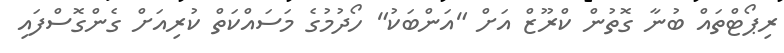
ރިޕޯޓްތައް ބުނާ ގޮތުން ކްރޫޒް އަށް "އަންބަކު" ހޯދުމުގެ މަސައްކަތް ކުރިއަށް ގެންގޮސްފައި